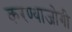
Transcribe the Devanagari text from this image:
करण्‍याजोगी